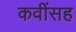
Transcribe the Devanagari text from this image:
कवींसह